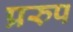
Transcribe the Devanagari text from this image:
प्ररुप